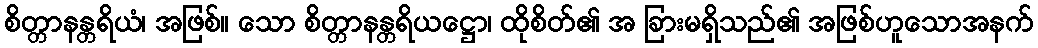
စိတ္တာနန္တရိယံ၊ အဖြစ်။ သော စိတ္တာနန္တရိယဋ္ဌော၊ ထိုစိတ်၏ အ ခြားမရှိသည်၏ အဖြစ်ဟူသောအနက်